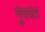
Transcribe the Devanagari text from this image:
गुंफांत